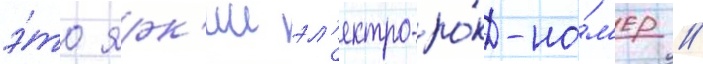
э́то ярк'ии эл'ектро-ро́к-но́м'ер //